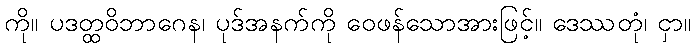
ကို။ ပဒတ္ထဝိဘာဂေန၊ ပုဒ်အနက်ကို ဝေဖန်သောအားဖြင့်။ ဒေဿတုံ၊ ငှာ။